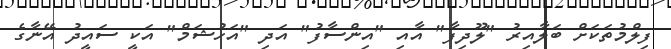
ފިލްމުތަކަށް ބަލާއިރު "ލޫދިފާ" އާއި "އިންސާފު" އަދި "އަހުޝަމް" އަކީ ސައީދު އޭނާގެ